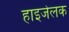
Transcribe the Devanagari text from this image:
हाइजेलक